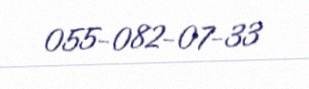
055-082-07-33